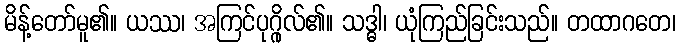
မိန့်တော်မူ၏။ ယဿ၊ အကြင်ပုဂ္ဂိုလ်၏။ သဒ္ဓါ၊ ယုံကြည်ခြင်းသည်။ တထာဂတေ၊